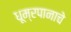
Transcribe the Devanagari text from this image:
धूम्रपानाचे